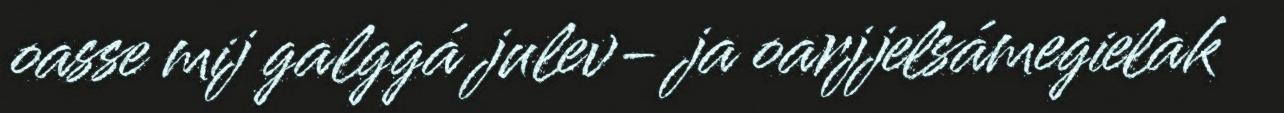
oasse mij galggá julev- ja oarjjelsámegielak